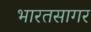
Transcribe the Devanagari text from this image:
भारतसागर